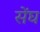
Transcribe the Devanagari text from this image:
सेंघ